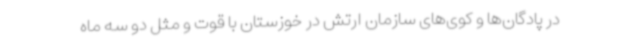
در پادگان‌ها و کوی‌های سازمان ارتش در خوزستان با قوت و مثل دو سه ماه